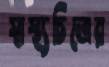
স্বাস্থ্যচিত্রের